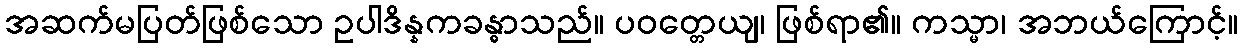
အဆက်မပြတ်ဖြစ်သော ဥပါဒိန္နကခန္ဓာသည်။ ပဝတ္တေယျ၊ ဖြစ်ရာ၏။ ကသ္မာ၊ အဘယ်ကြောင့်။